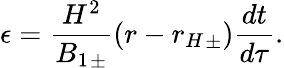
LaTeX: \epsilon=\frac{H^{2}}{{B_{1}}_{\pm}}(r-{r_{H}}_{\pm})\frac{dt}{d\tau}.